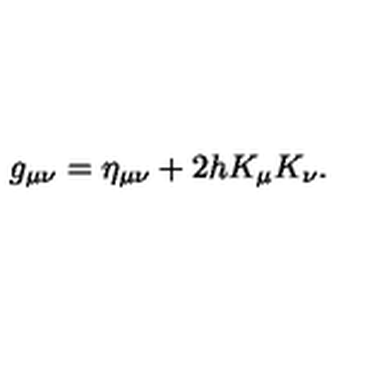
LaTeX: g _ { \mu \nu } = \eta _ { \mu \nu } + 2 h K _ { \mu } K _ { \nu } .